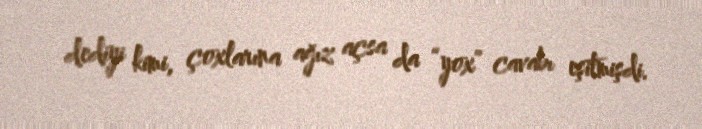
dediyi kimi, çoxlarına ağız açsa da “yox” cavabı eşitmişdi.